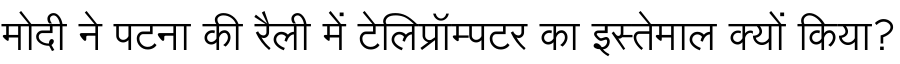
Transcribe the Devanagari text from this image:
मोदी ने पटना की रैली में टेलिप्रॉम्पटर का इस्तेमाल क्यों किया?